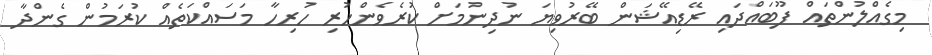
މިގެއްލުންތައް ފޫބައްދައި ރޭޑިއޭޝަން ބޭރުވިޔަ ނުދިނުމަށް ކުރެވެންހުރި ހުރިހާ މަސައްކަތެއް ކުރަމުން ގެންދާ